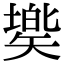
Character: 𥏷